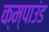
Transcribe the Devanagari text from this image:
क्म्पाउंड